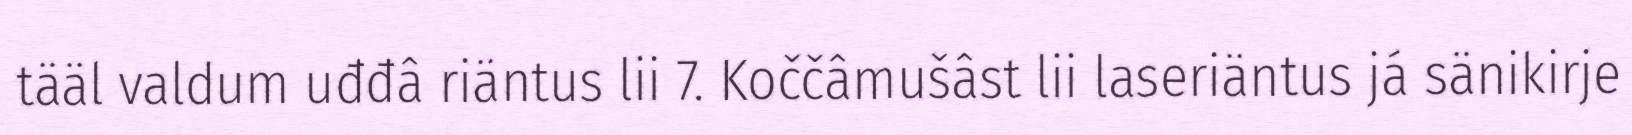
tääl valdum uđđâ riäntus lii 7. Koččâmušâst lii laseriäntus já sänikirje